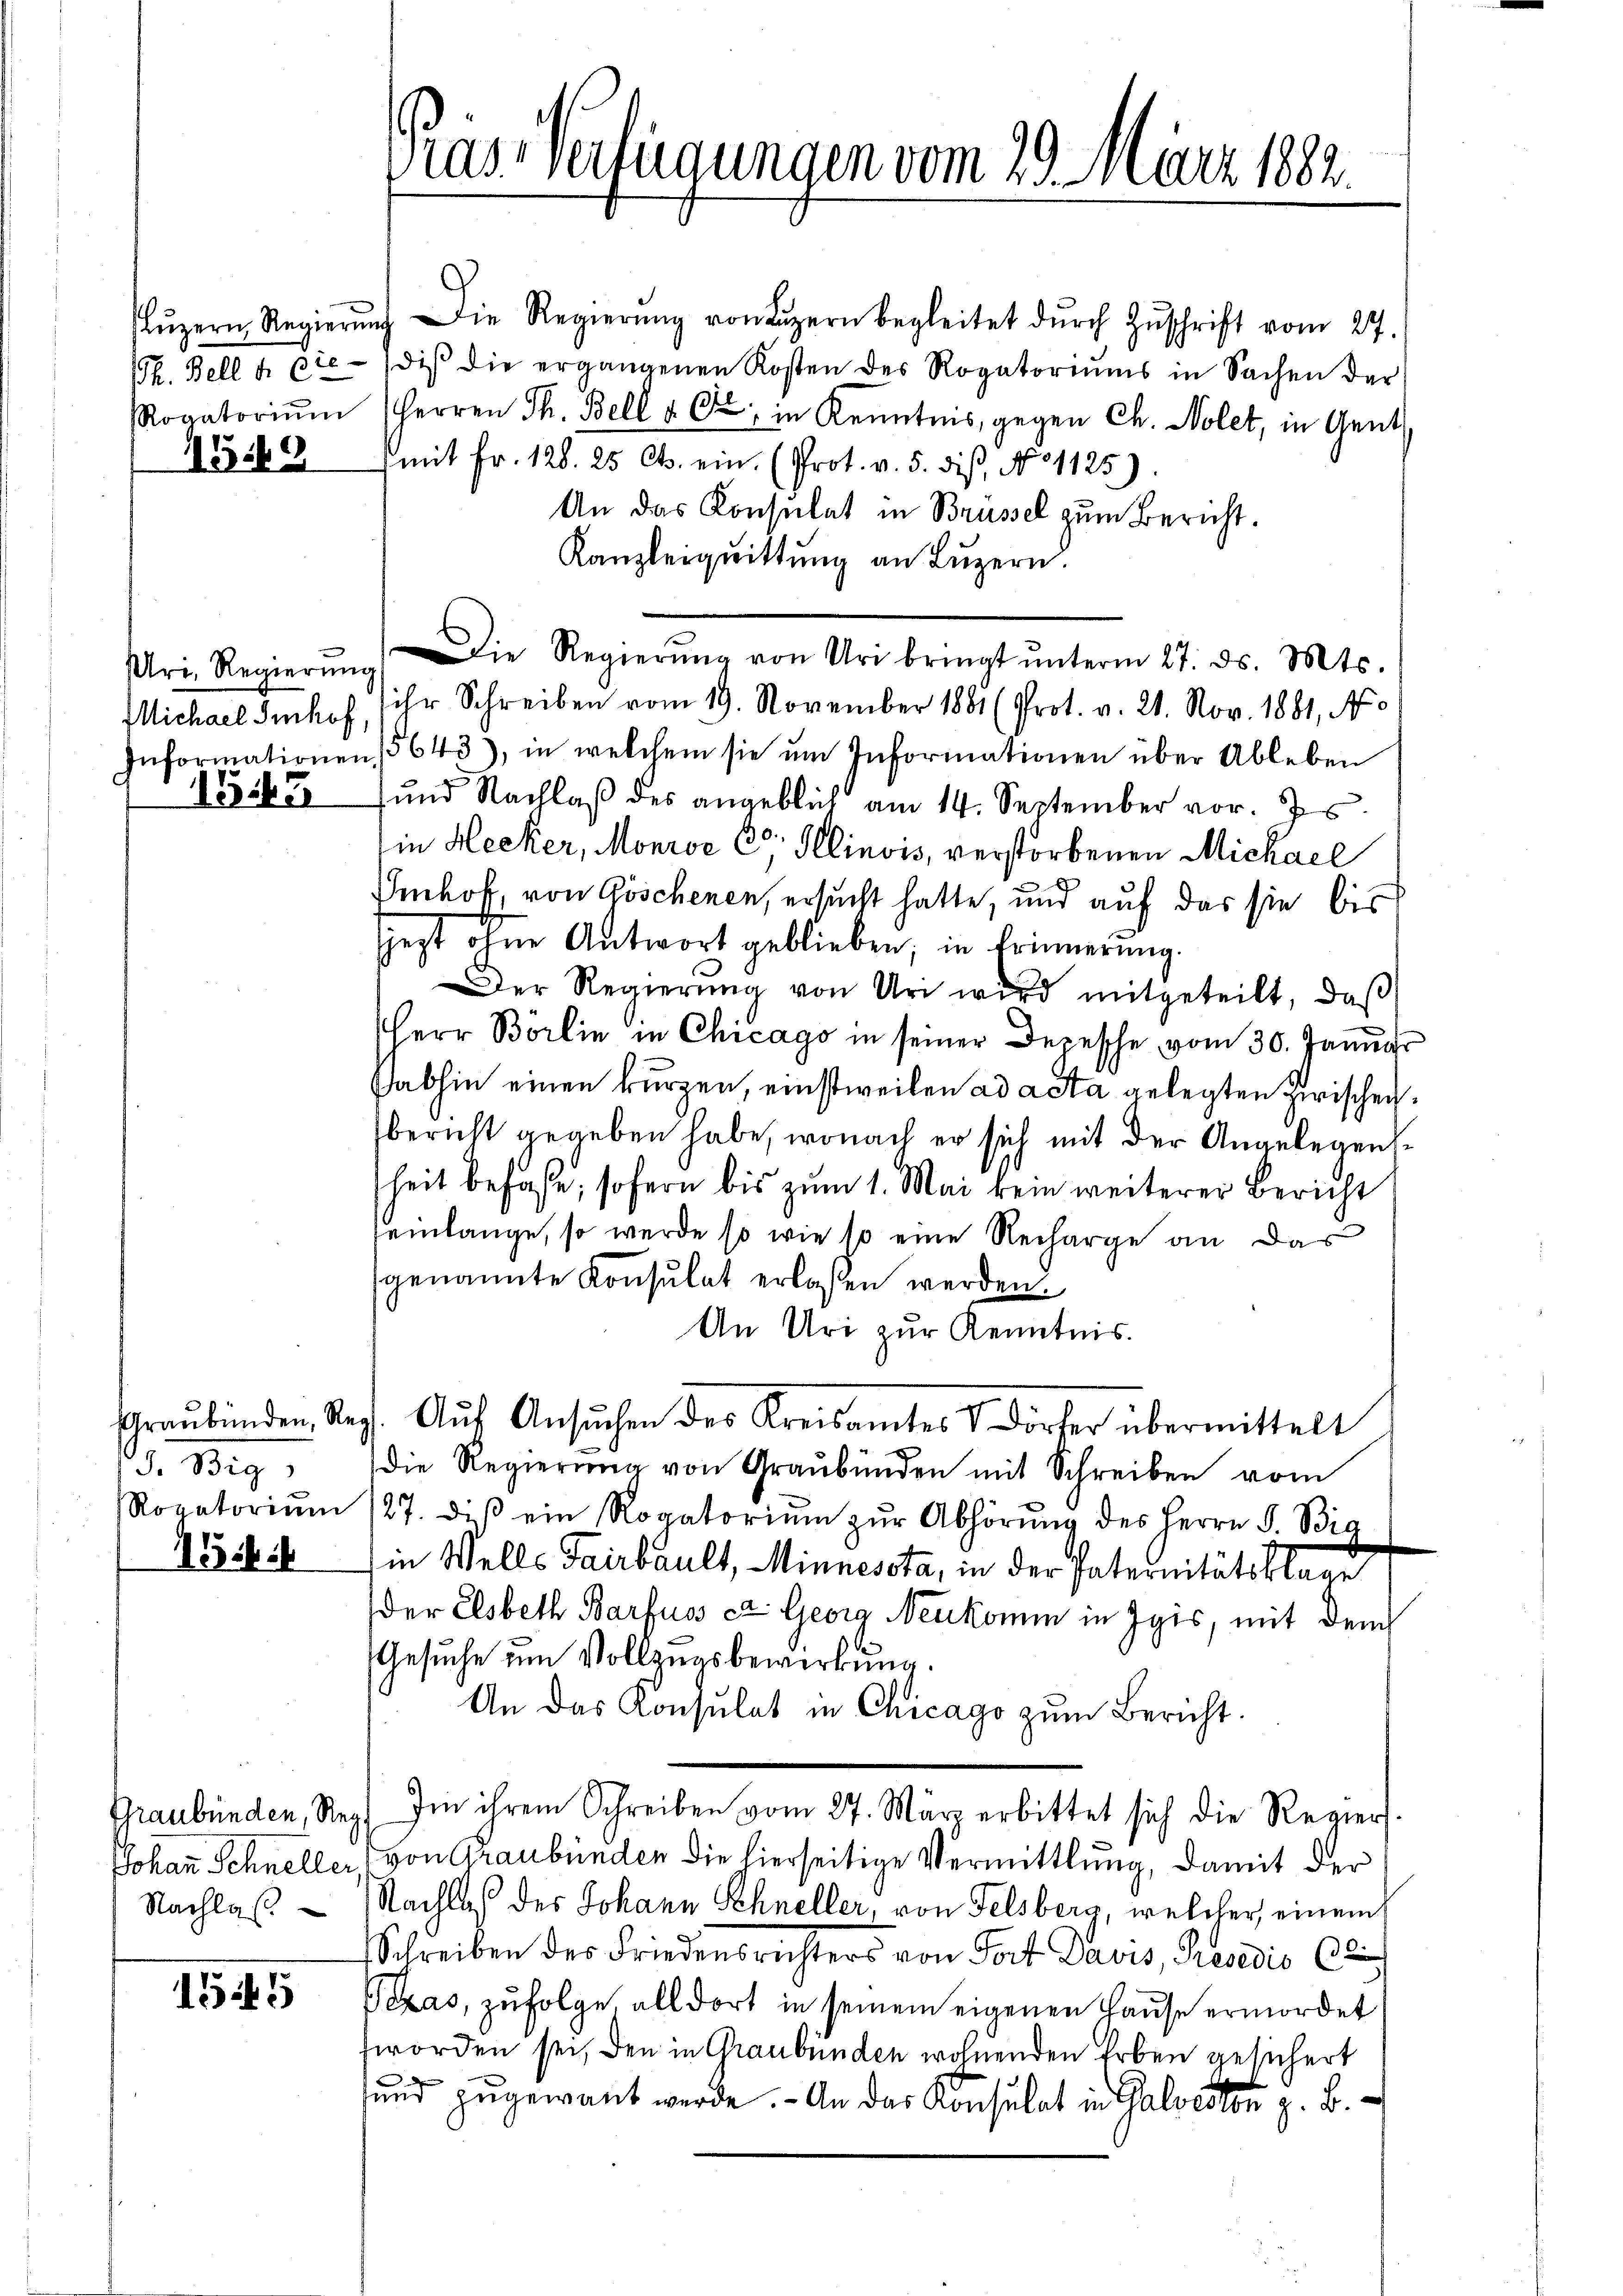
h. Bell h. die-
Rovatoriŭm

1549

Michael Imhof
1545

d. 1819.
Rogatorium
15

Graubünden, Reg
Johann Schneller,
Nachlas

1545

Präs. Verfügungen vom 29. März 1882.

Lŭzern Regierŭng die Regierŭng von Lŭzern begleitet dŭrch Zŭschrift vom 27.
diβ die ergangenen Kosten des Rogatoriŭms in Sachen der
Herren Th. Bell u. d. in Kenntnis, gegen Ch. Nolet, in Gent
mit Fr. 128. 25 Cts. ein (Prot. v. 5. dis, No 1125).
An das Konsulat in Brüssel zum Bericht.
Kanzleiquittung an Luzern.
Uri, Regierŭng. Die Regierŭng von Uri bringt ŭnterm 27. ds. Mts.
ihr Schreiben vom 19. November 1881 (Prot. v. 21. Nov. 1881, No
Informationen (5643), in welchem sie ŭm Informationen über Ableben
und Nachlaß des angeblich am 14. September vor. Js
in Hecker, Monroe C Illinois, verstorbenen Michael
Imhof von Göschenen, ersucht hatte, und auf das sie bis
Gegt ohne Antwort geblieben; in Erinnerung.
Der Regierung von Uri wird mitgeteilt, daß
Herr Börlin in Chicago in seiner Depesche vom 30. Januar
Sabhin einen kurzen, einstweilen ad acta gelegten Zwischen.
bericht gegeben habe, wonach er sich mit der Angelegensheit befaße, sofern bis zum 1. Mai kein weiterer Bericht
heinlange, so werde so wie so eine Recharge an das
genannte Konsulat erlassen werden.
An Uri zur Kenntnis.
Graubünden, Kap. Aŭf Ansŭchen des Kreisamtes V Dörfer übermittelt
die Regierŭng von Graubünden mit Schreiben vom
27. dieß ein Rogatorium zur Abhörung des Herrn F. Bia
ie Wells Tairbault, Minnessta, in der Paternitätsklage
der Elsbeth Barfuss ca. Georg Neukomm in Igis, mit dem
Gesuche um Vollzugsbewirkung.
An das Konsulat in Chicago zum Bericht.
Im ihrem Schreiben vom 27. März erbittet sich die Regiers.
von Graubünden die hierseitige Vermittlung, damit der
Nachlaß des Johann Schneller, von Felsberg, welcher einem
Schreiben des Friedensrichters von Tort Davis, Rendio (2
Pezas, zufolge alldort in seinem eigenen Hause ermordet
worden sei, den in Graubünden wohnenden Erben gesichert
sund zugewant werde. - An das Konsulat in Galvestor z. B.